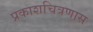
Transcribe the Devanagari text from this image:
प्रकाशचित्रणास